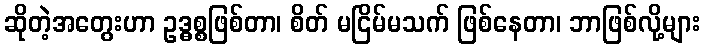
ဆိုတဲ့အတွေးဟာ ဥဒ္ဓစ္စဖြစ်တာ၊ စိတ် မငြိမ်မသက် ဖြစ်နေတာ၊ ဘာဖြစ်လို့များ